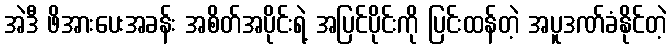
အဲဒီ ဖိအားပေးအခန်း အစိတ်အပိုင်းရဲ့ အပြင်ပိုင်းကို ပြင်းထန်တဲ့ အပူဒဏ်ခံနိုင်တဲ့